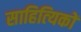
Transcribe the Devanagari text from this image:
साहित्‍यिकों